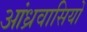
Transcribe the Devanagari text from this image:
आंध्रवासियों